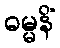
ဓမ္မနိံ